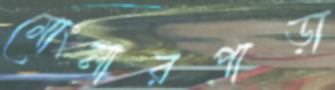
মোংলারপাড়া